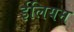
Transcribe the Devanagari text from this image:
ईलियम